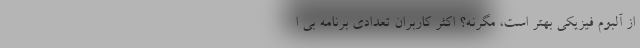
از آلبوم فیزیکی بهتر است، مگرنه؟ اکثر کاربران تعدادی برنامه بی‌ ا